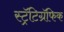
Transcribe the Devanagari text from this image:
स्ट्रॅटिग्रॅफिक